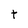
Character: t